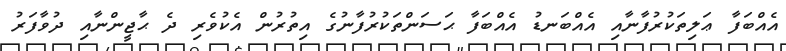
އެއްބަފާ ޢަލިތަކުރުފާނާއި އެއްބަނޑު އެއްބަފާ ޙަސަންތަކުރުފާނުގެ އިތުރުން އެކުވެރި ދެ ޙާޖީންނާއި ދުވާފަރު